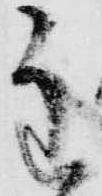
主